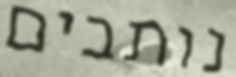
נותבים